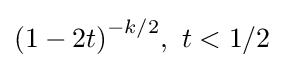
{\left(1-2t\right)}^{-k/2},~t<1/2